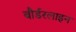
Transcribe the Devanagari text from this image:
बौर्डरलाइन